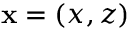
{ \bf x } = ( x , z )